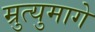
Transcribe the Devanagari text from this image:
म्रुत्युमागे